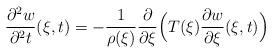
LaTeX: \begin{align*}\frac{\partial^2w}{\partial{}^2t}(\xi,t)=-\frac{1}{\rho(\xi)}\frac{\partial}{\partial\xi}\Bigl(T(\xi)\frac{\partial{}w}{\partial\xi}(\xi,t)\Bigr)\end{align*}